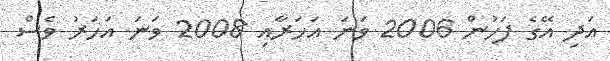
އަދި އޭގެ ފަހުން 2006 ވަނަ އަހަރާއި 2008 ވަނަ އަހަރު ވެސް